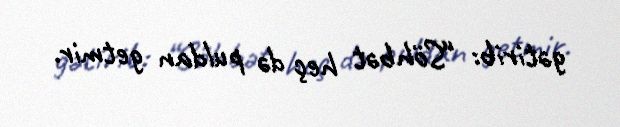
gətirib: “Söhbət heç də puldan getmir.